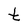
Character: t